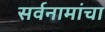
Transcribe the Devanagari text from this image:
सर्वनामांचा